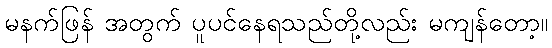
မနက်ဖြန် အတွက် ပူပင်နေရသည်တို့လည်း မကျန်တော့။